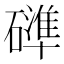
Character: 𮁍